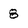
Character: 8